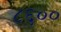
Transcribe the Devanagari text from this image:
८६००